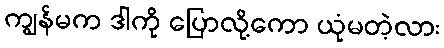
ကျွန်မက ဒါကို ပြောလို့ကော ယုံမတဲ့လား